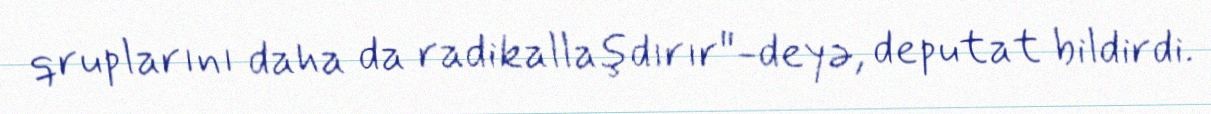
qruplarını daha da radikallaşdırır"-deyə, deputat bildirdi.